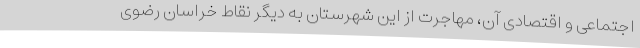
اجتماعی و اقتصادی آن، مهاجرت از این شهرستان به دیگر نقاط خراسان رضوی